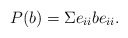
\begin{align*} P(b) = \Sigma e_{ii} b e_{ii}. \end{align*}